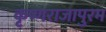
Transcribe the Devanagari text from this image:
कृष्णराजापुरम